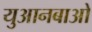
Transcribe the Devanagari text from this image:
युआनबाओ